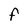
Character: F